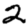
Digit: 2